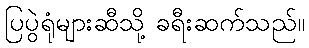
ပြပွဲရုံများဆီသို့ ခရီးဆက်သည်။